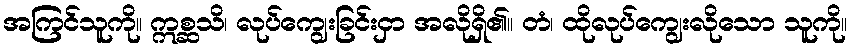
အကြင်သူကို။ ဣစ္ဆသိ၊ လုပ်ကျွေးခြင်းငှာ အလိုရှိ၏။ တံ၊ ထိုလုပ်ကျွေးလိုသော သူကို။